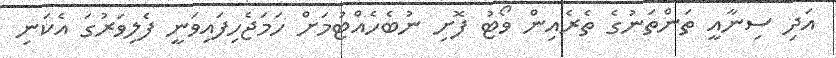
އަދި ސިނާއީ ތަންތަނުގެ ތެރެއިން ވޯޓު ފޮށި ނުބެހެއްޓުމަށް ހަމަޖެހިފައިވަނީ ފެލިވަރުގަ އެކަނި